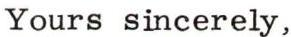
Yours sincerely,